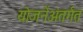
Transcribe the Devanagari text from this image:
योजनेंअंतर्गत